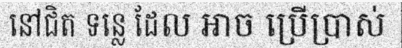
នៅជិត ទន្លេ ដែល អាច ប្រើប្រាស់